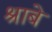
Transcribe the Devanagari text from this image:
श्राबे